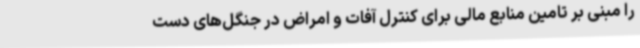
را مبنی بر تامین منابع مالی برای کنترل آفات و امراض در جنگل‌های دست